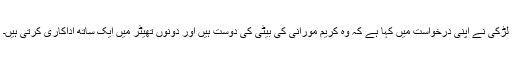
لڑکی نے اپنی درخواست میں کہا ہے کہ وہ کریم مورانی کی بیٹی کی دوست ہیں اور دونوں تھیٹر میں ایک ساتھ اداکاری کرتی ہیں۔